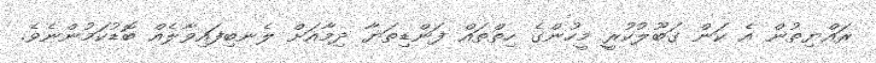
ރައްޔިތުން އެ ކަން ގަބޫލުކުރީ މީހުންގެ ހިތްތައް ފަންޑިތަޔާ ދިމާއަށް ލެނބިފައިވާލެއް ބޮޑުކަމުންނެވެ.